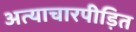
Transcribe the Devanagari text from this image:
अत्याचारपीड़ित